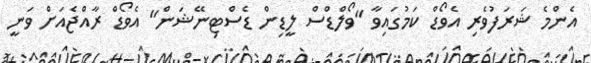
އެންމެ ޝަރަފުވެރި އެވޯޑް ކަމުގައިވާ "ވޯލްޑްސް ލީޑިން ޑެސްޓިނޭޝަން" އެވޯޑް ރާއްޖެއަށް ވަނީ